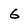
Character: 6